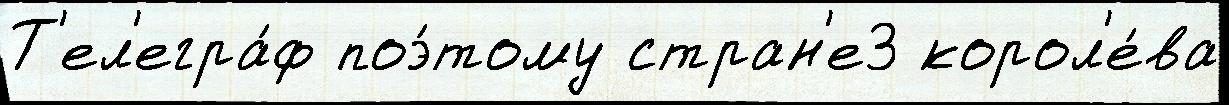
Т'ел'егра́ф поэ́тому стран'е3 корол'е́ва